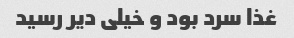
غذا سرد بود و خیلی دیر رسید